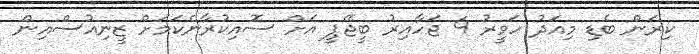
ކިރަން ބެޑި މިއަދު ހަވީރު 4 ޖަހާއިރު ބީޖޭޕީ އަށް ސޮއިކުރާނެކަމަށް ޒީނިއުސްއިން